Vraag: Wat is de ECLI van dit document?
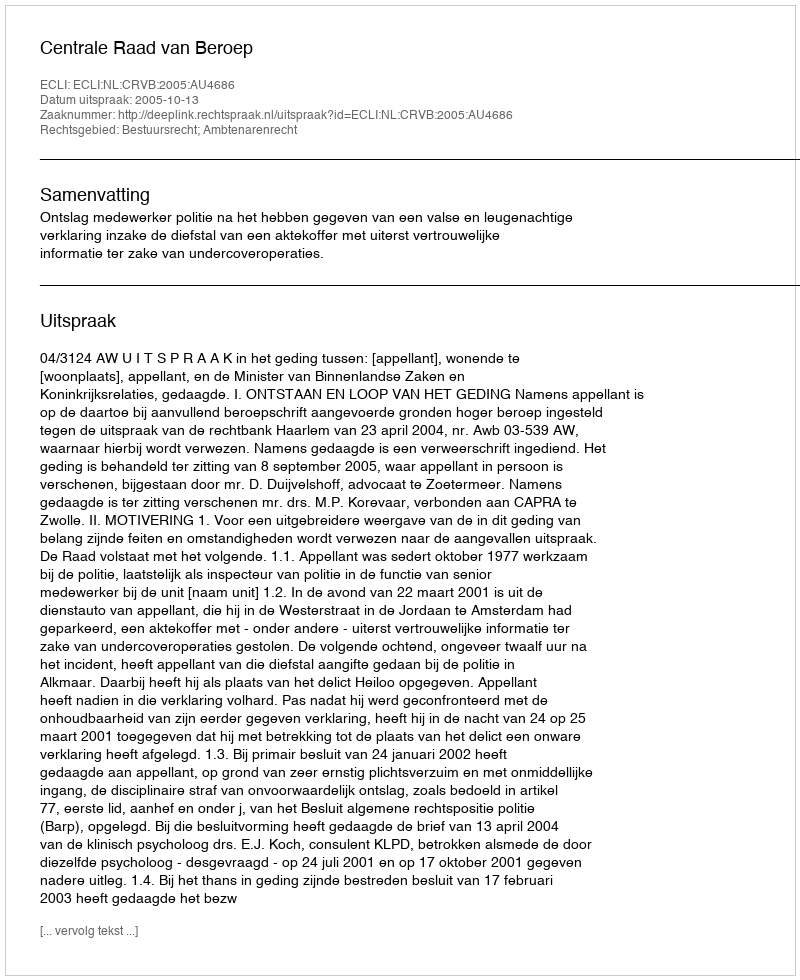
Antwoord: ECLI:NL:CRVB:2005:AU4686